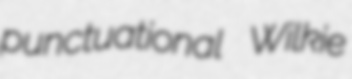
punctuational Wilkie